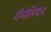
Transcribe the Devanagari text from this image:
गैमेलियन